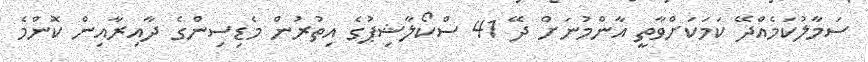
ސަމާލުކަމެއްދޭ ކަމަކަށްވާތީ އާންމުނަށް ދޭ 41 ސްކޯލާޝިޕުގެ އިތުރުން މެޑިސިންގެ ދާއިރާއިން ކޮންމެ